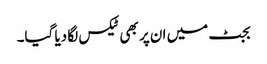
بجٹ میں ان پر بھی ٹیکس لگا دیا گیا۔